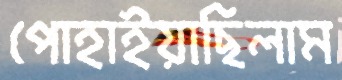
পোহাইয়াছিলাম